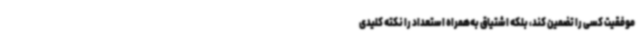
موفقیت کسی را تضمین کند، بلکه اشتیاق به‌همراه استعداد را نکته کلیدی